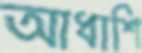
আধাশি